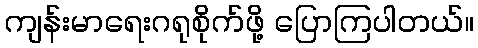
ကျန်းမာရေးဂရုစိုက်ဖို့ ပြောကြပါတယ်။